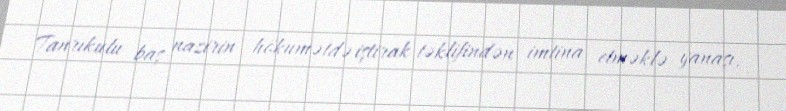
Tanrıkulu baş nazirin hökumətdə iştirak təklifindən imtina etməklə yanaşı,